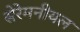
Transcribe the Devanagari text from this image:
सेरेमनीयल